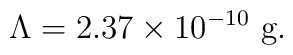
\Lambda=2.37\times10^{-10}\ \mbox{g}.